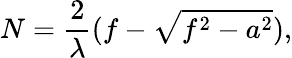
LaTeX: N=\frac{2}{\lambda}(f-\sqrt{f^{2}-a^{2}}),